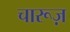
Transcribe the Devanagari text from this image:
चारूज़